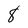
Character: 8